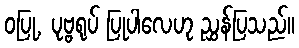
ဝပြု, ပုဗ္ဗရုပ် ပြုပါလေဟု ညွှန်ပြသည်။